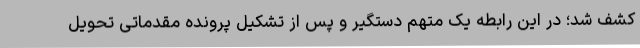
کشف شد؛ در این رابطه یک متهم دستگیر و پس از تشکیل پرونده مقدماتی تحویل